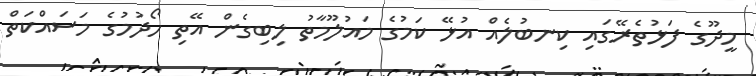
މީދޫގެ ފަޅުތެރޭގައި ކިނބުލެއް އުޅޭ ކަމުގެ މައުލޫމާތު ލިބިގެން އޭތި ހޯދުމުގެ މަސައްކަތް